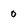
Character: 0